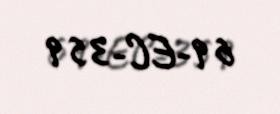
69-EC-359